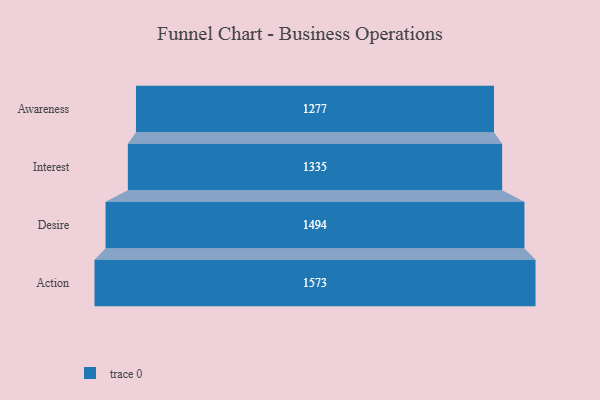
{"axis": {"x": "Stage", "y": "Value"}, "legend": [""], "data": [{"x": "Awareness", "y": 1277.0, "type": ""}, {"x": "Interest", "y": 1335.0, "type": ""}, {"x": "Desire", "y": 1494.0, "type": ""}, {"x": "Action", "y": 1573.0, "type": ""}]}